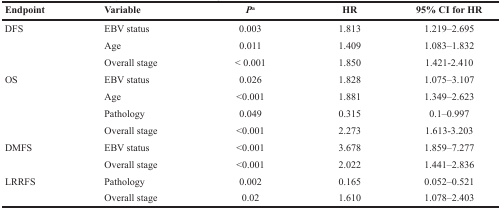
| Endpoint | Variable | Pa | HR | 95% CI for HR |
 | --- | --- | --- | --- | --- |
 | DFS | EBV status | 0.003 | 1.813 | 1.219–2.695 |
 |  | Age | 0.011 | 1.409 | 1.083–1.832 |
 |  | Overall stage | < 0.001 | 1.850 | 1.421-2.410 |
 | OS | EBV status | 0.026 | 1.828 | 1.075–3.107 |
 |  | Age | <0.001 | 1.881 | 1.349–2.623 |
 |  | Pathology | 0.049 | 0.315 | 0.1–0.997 |
 |  | Overall stage | <0.001 | 2.273 | 1.613-3.203 |
 | DMFS | EBV status | <0.001 | 3.678 | 1.859–7.277 |
 |  | Overall stage | <0.001 | 2.022 | 1.441–2.836 |
 | LRRFS | Pathology | 0.002 | 0.165 | 0.052–0.521 |
 |  | Overall stage | 0.02 | 1.610 | 1.078-2.403 |